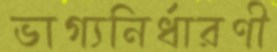
ভাগ্যনির্ধারণী